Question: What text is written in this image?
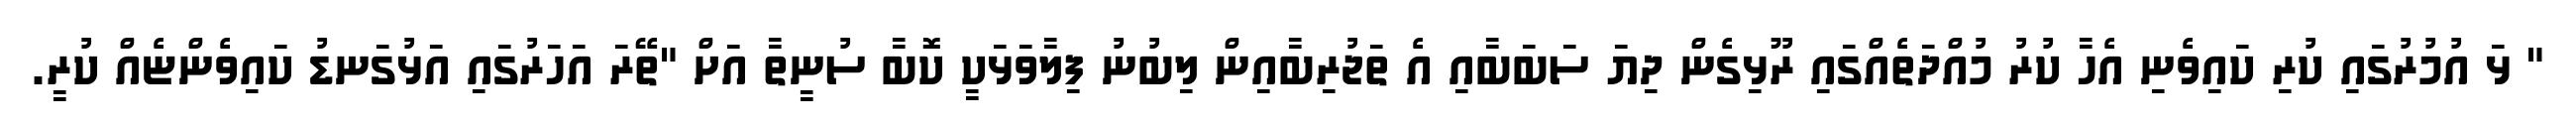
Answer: " ޅަ އުމުރުގައި ކުރި ކައިވެނި އެހާ ކުރު މުއްދަތެއްގައި ރޫޅިގެން ދިޔަ ސަބަބާއި އެ ތަޖުރިބާއިން ލިބުނު ފިލާވަޅަކީ ކޮބާ ސުނީތާ އަށް "ތޭރަ އަހަރުގައި އަޅުގަނޑު ކައިވެންޏެއް ކުރީ.